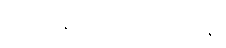
အက္ကမနဒါယတ္ထေရအပဒါန။